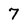
Character: 7